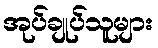
အုပ်ချုပ်သူများ